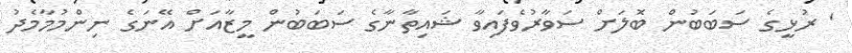
' ރުޅީގެ ސަބަބުން ބޮލަށް ސަވާރުވެފައިވާ ޝައިތާނާގެ ސަބަބުން މީޒާއަށް އޭނަގެ ނިންމުމާމެދު